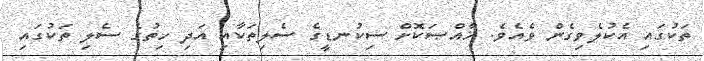
ތަކުގައި އެކުލެވިގެން ވެއެވެ. ޚާއްޞަކޮށް ސިކުނޑީގެ ސެލިތަކާއި އަދި ހިތުގެ ސެލި ތަކުގައި